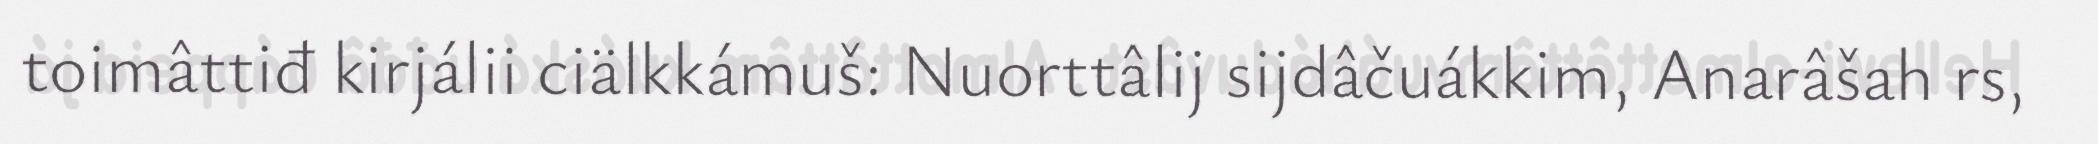
toimâttiđ kirjálii ciälkkámuš: Nuorttâlij sijdâčuákkim, Anarâšah rs,